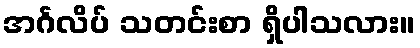
အင်္ဂလိပ် သတင်းစာ ရှိပါသလား။